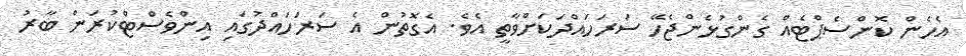
އެހެން ކޮންސެޕްޓެއް ގެންގުޅެންޖެހޭ ސަރަހައްދަކަށްވާތީ އެވެ. އެގޮތުން އެ ސަރަހައްދުގައި އިންވެސްޓްކުރަން ބާރު